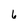
Character: 6